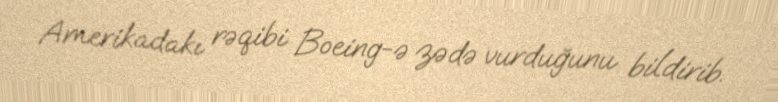
Amerikadakı rəqibi Boeing-ə zədə vurduğunu bildirib.